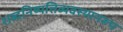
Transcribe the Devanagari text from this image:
शब्दनिष्पत्तिव्यवस्थानरूप